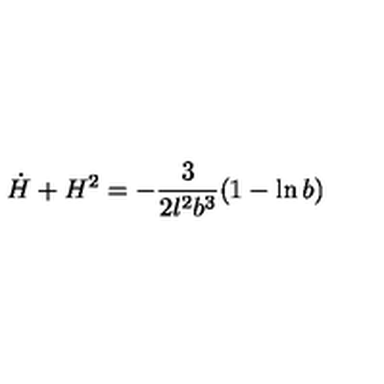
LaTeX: \dot { H } + H ^ { 2 } = - \frac { 3 } { 2 l ^ { 2 } b ^ { 3 } } ( 1 - \ln b )